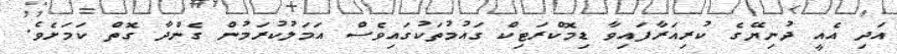
އަދި އެއީ ދުނިޔޭގެ ކުރިއަރާފައިވާ ޑިމޮކްރަޓިކް ގައުމުތަކުގައިވެސް އަމަލުކުރަމުން ގެންދާ ގޮތް ކަމަށެވެ.